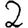
Digit: 2